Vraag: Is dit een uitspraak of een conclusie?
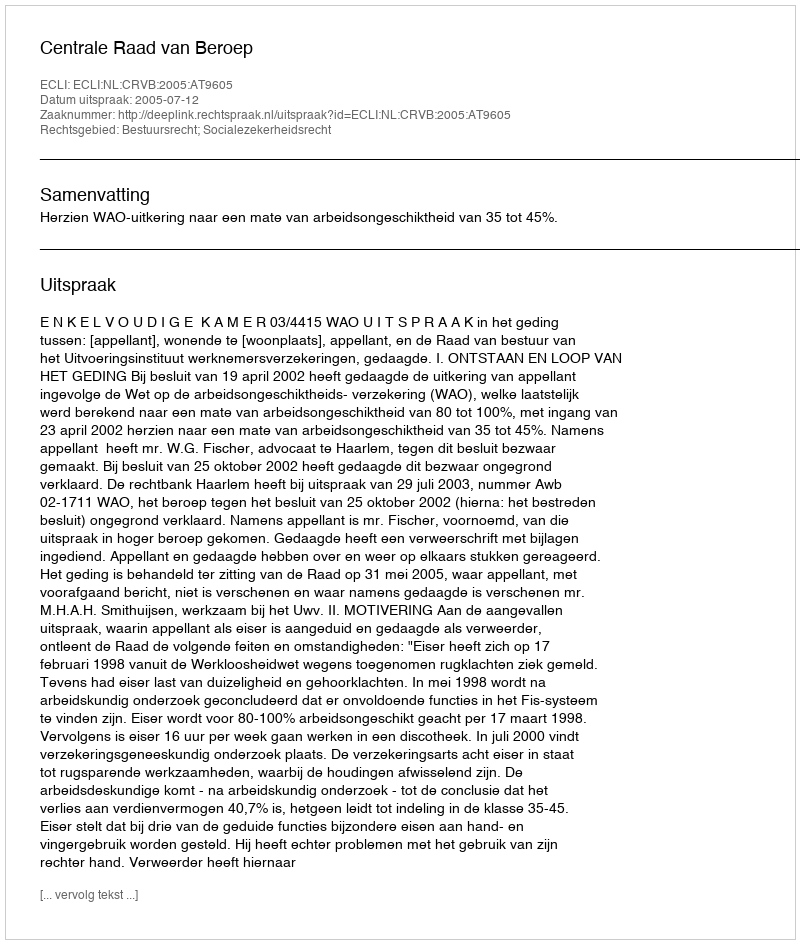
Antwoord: Uitspraak